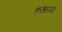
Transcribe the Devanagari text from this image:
चमरूराम